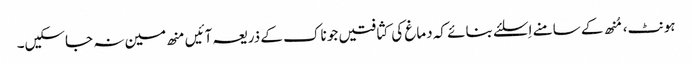
ہونٹ، مُنھ کے سامنے اِسلئے بنائے کہ دماغ کی کثافتیں جو ناک کے ذریعہ آئیں منھ مین نہ جاسکیں۔